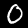
Digit: 0